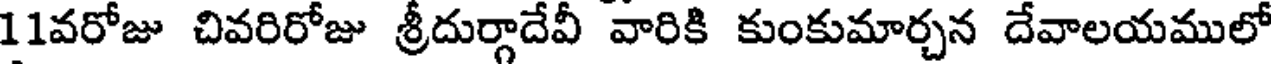
11వరోజు చివరిరోజు శ్రీదుర్గాదేవీ వారికి కుంకుమార్చన దేవాలయములో